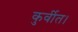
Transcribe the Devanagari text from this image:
कुर्वीत।